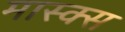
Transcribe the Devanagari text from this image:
मास्क्स